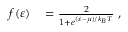
\begin{array} { r l } { f ( \varepsilon ) } & { { } = \frac { 2 } { 1 + e ^ { ( \varepsilon - \mu ) / k _ { B } T } } ~ , } \end{array}